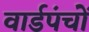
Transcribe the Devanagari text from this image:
वार्डपंचों